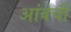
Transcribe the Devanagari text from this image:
आंबेची